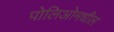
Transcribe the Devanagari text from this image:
पोलिओमधील